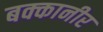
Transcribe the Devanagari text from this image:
बक्कानीर